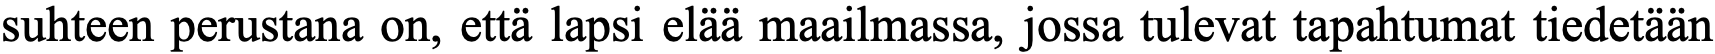
suhteen perustana on, että lapsi elää maailmassa, jossa tulevat tapahtumat tiedetään